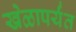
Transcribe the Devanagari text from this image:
खेळापर्यंत